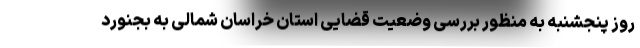
روز پنجشنبه به منظور بررسی وضعیت قضایی استان خراسان شمالی به بجنورد